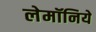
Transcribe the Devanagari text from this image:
लेमॉनिये